38_143685_box_Incident_Summaries_101-172
Agency: Department of War
Page 47
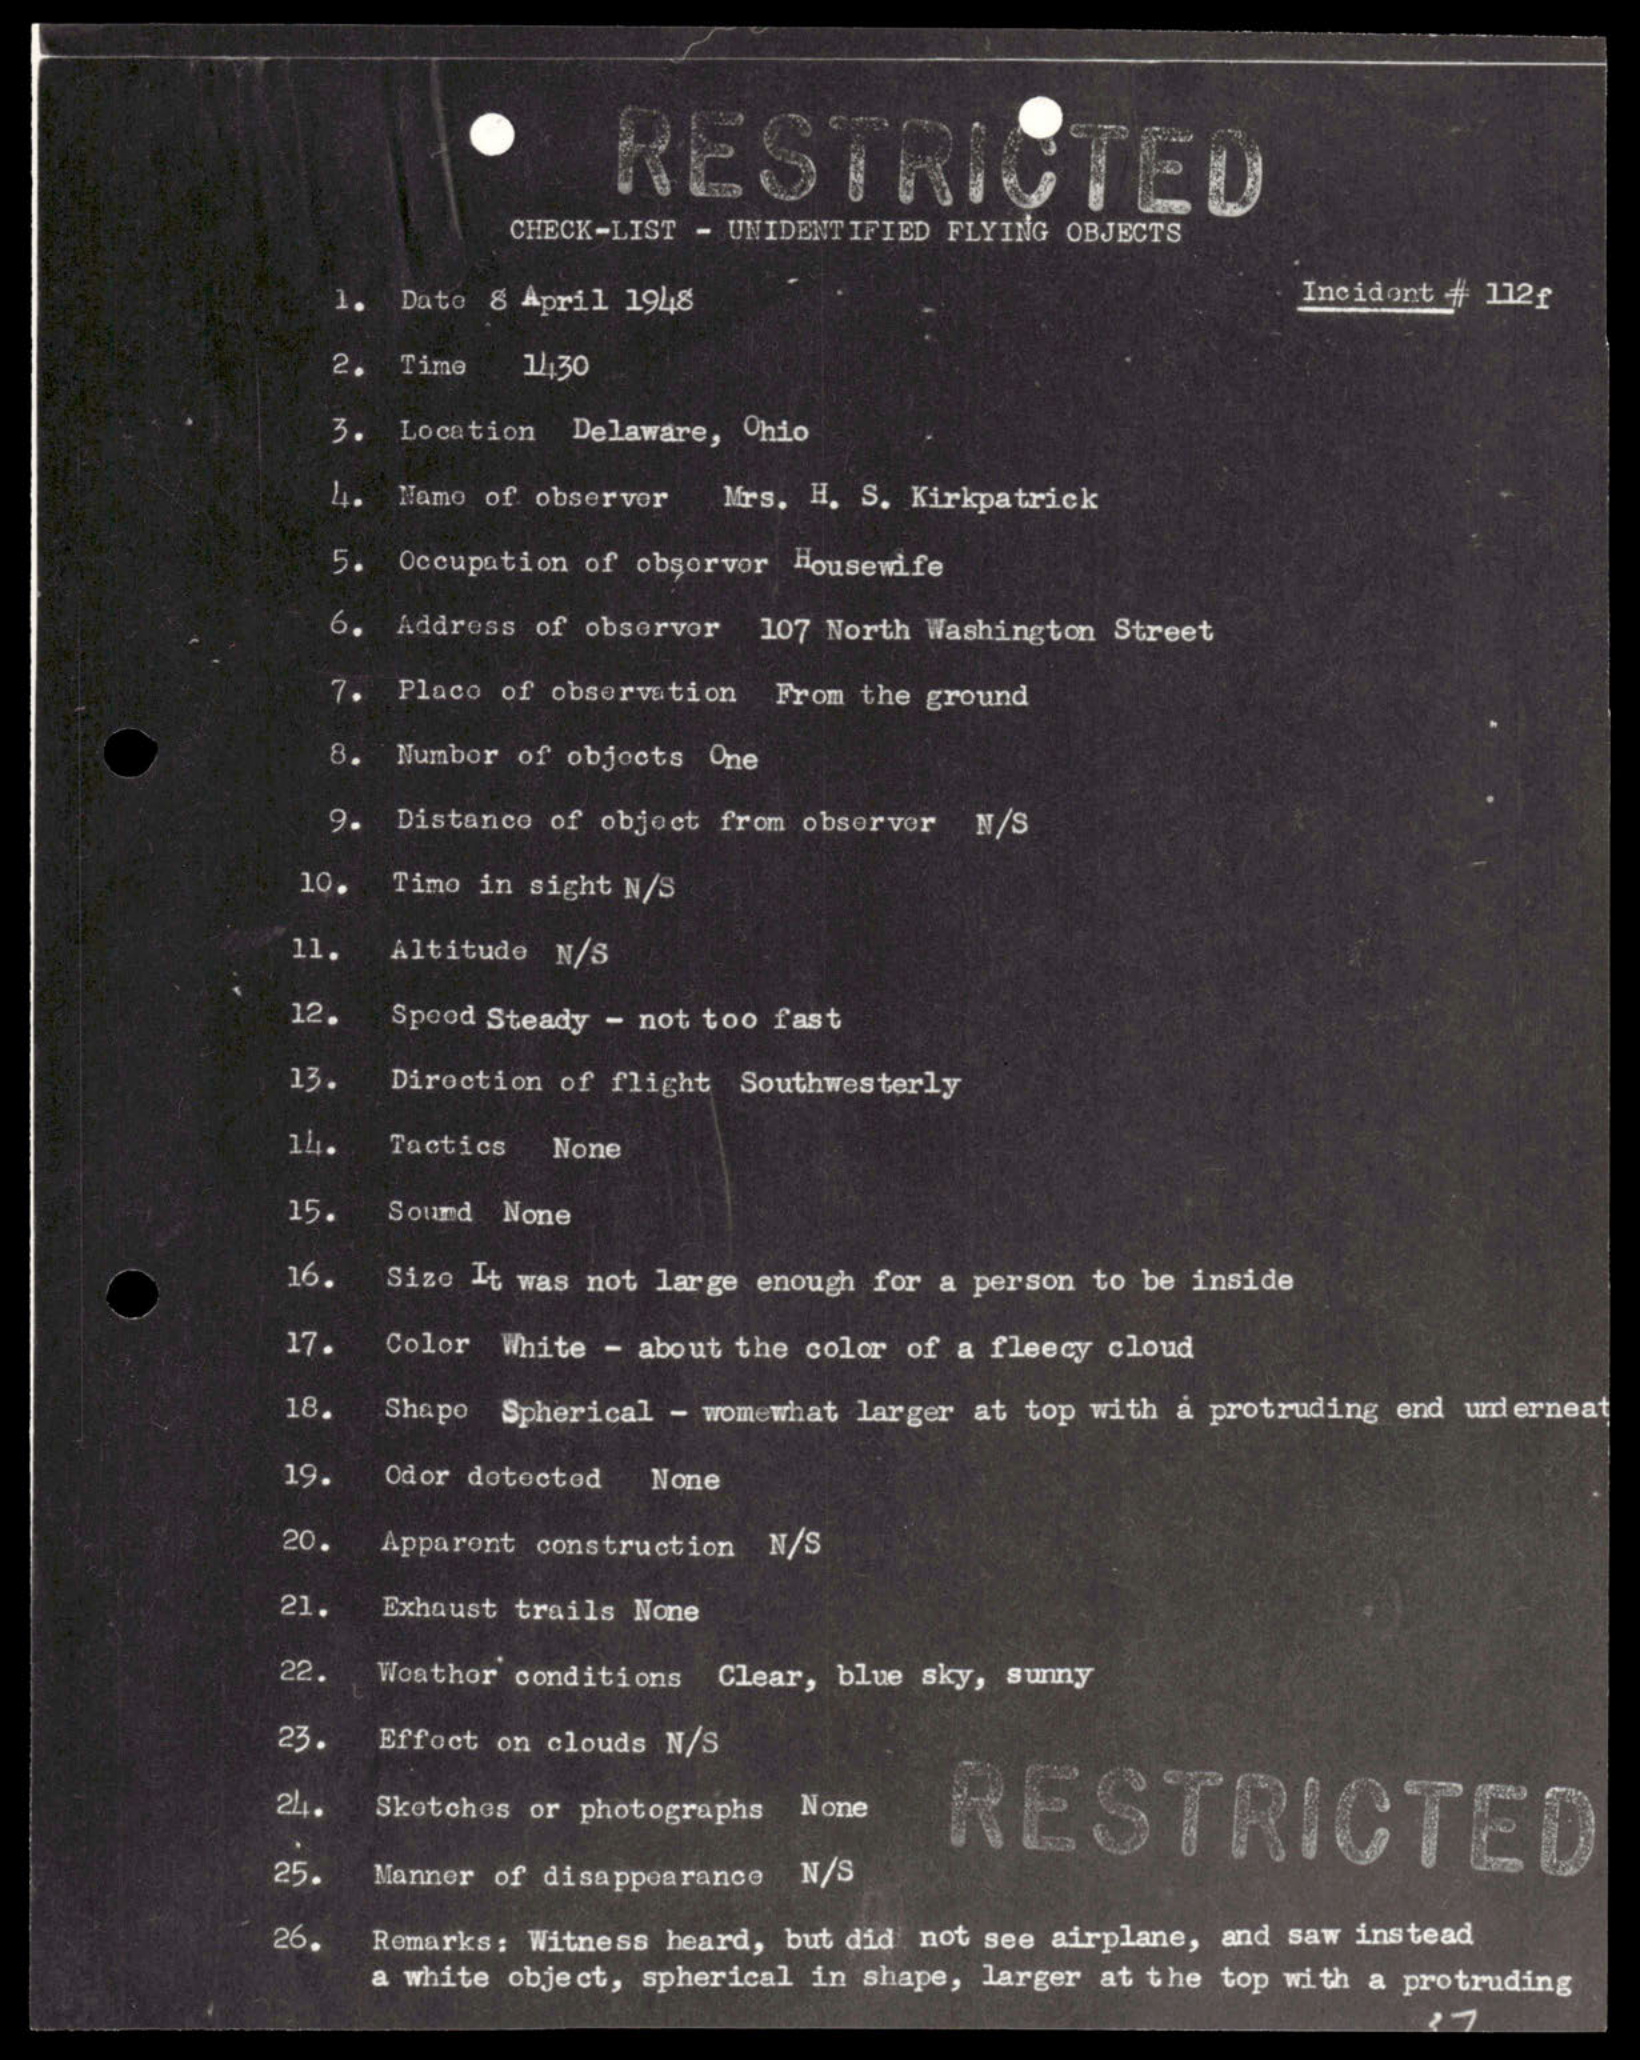